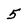
Character: 5